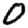
Digit: 0